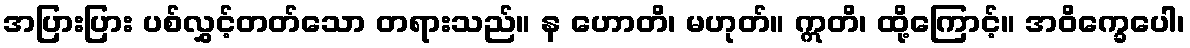
အပြားပြား ပစ်လွှင့်တတ်သော တရားသည်။ န ဟောတိ၊ မဟုတ်။ ဣတိ၊ ထို့ကြောင့်။ အဝိက္ခေပေါ၊